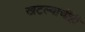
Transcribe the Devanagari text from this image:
खटल्याचीही